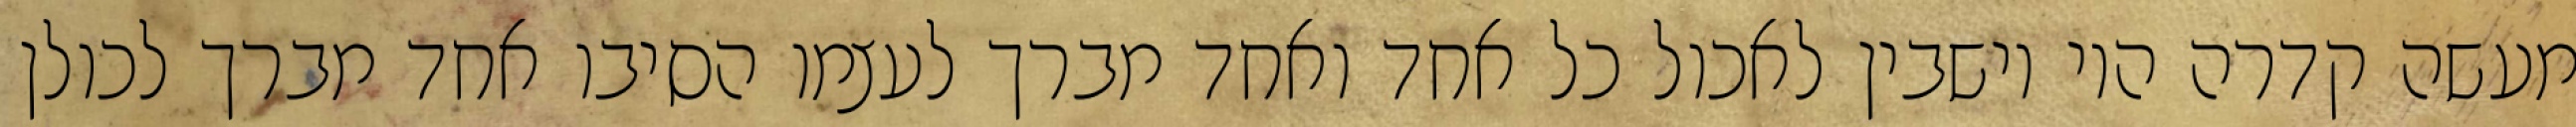
מעשה קדרה היו יושבין לאכול כל אחד ואחד מברך לעצמו הסיבו אחד מברך לכולן